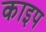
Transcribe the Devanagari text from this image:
काइप